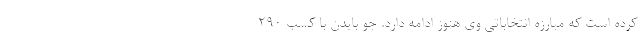
کرده است که مبارزه انتخاباتی وی هنوز ادامه دارد. جو بایدن با کسب ۲۹۰